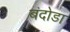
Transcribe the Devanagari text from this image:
बंदोडा